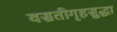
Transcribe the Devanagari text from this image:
वसतीगृहसुद्धा